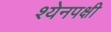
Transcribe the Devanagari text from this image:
श्येनपक्षी